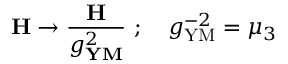
{ \bf H } \to { \frac { \bf H } { g _ { \bf Y M } ^ { 2 } } } \ ; \quad g _ { \mathrm { Y M } } ^ { - 2 } = \mu _ { 3 }